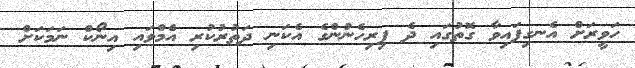
ހަވީރަށް އެނގިފައިވާ ގޮތުގައި ދެ ފިރިހެނުންގެ އެކަނި ދަތުރުކުރި އެމްވައި އިނޯކް ނަމަކަށް